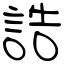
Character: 誥